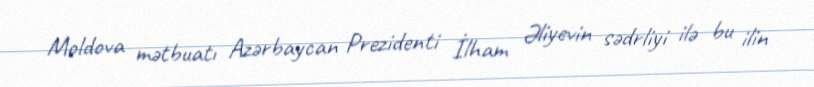
Moldova mətbuatı Azərbaycan Prezidenti İlham Əliyevin sədrliyi ilə bu ilin